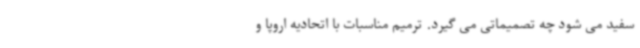
سفید می شود چه تصمیماتی می گیرد. ترمیم مناسبات با اتحادیه اروپا و